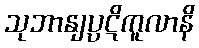
သုဘာနျပ္ပဋိကူလာနိ